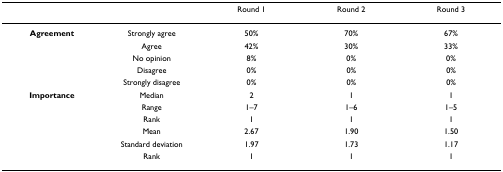
<table><thead><tr><td></td><td></td><td><b>Round 1</b></td><td><b>Round 2</b></td><td><b>Round 3</b></td></tr></thead><tbody><tr><td><b>Agreement</b></td><td>Strongly agree</td><td>50%</td><td>70%</td><td>67%</td></tr><tr><td></td><td>Agree</td><td>42%</td><td>30%</td><td>33%</td></tr><tr><td></td><td>No opinion</td><td>8%</td><td>0%</td><td>0%</td></tr><tr><td></td><td>Disagree</td><td>0%</td><td>0%</td><td>0%</td></tr><tr><td></td><td>Strongly disagree</td><td>0%</td><td>0%</td><td>0%</td></tr><tr><td><b>Importance</b></td><td>Median</td><td>2</td><td>1</td><td>1</td></tr><tr><td></td><td>Range</td><td>1–7</td><td>1–6</td><td>1–5</td></tr><tr><td></td><td>Rank</td><td>1</td><td>1</td><td>1</td></tr><tr><td></td><td>Mean</td><td>2.67</td><td>1.90</td><td>1.50</td></tr><tr><td></td><td>Standard deviation</td><td>1.97</td><td>1.73</td><td>1.17</td></tr><tr><td></td><td>Rank</td><td>1</td><td>1</td><td>1</td></tr></tbody></table>